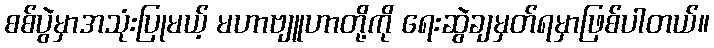
စစ်ပွဲမှာအသုံးပြုမယ့် မဟာဗျူဟာတို့ကို ရေးဆွဲချမှတ်ရမှာဖြစ်ပါတယ်။